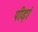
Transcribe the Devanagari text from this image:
पीड़ां